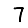
Digit: 7